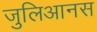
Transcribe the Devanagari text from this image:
जुलिआनस